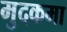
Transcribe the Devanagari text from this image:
मुदकमा